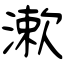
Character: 漱